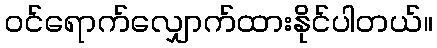
ဝင်ရောက်လျှောက်ထားနိုင်ပါတယ်။